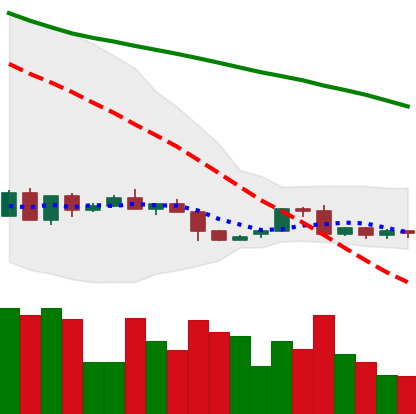
Ticker: LTC-USD
Chart end date: 2022-06-05
Forward return: -10.362%
Label: down_7plus